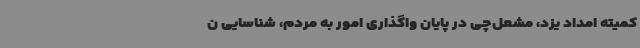
کمیته امداد یزد، مشعل‌چی در پایان واگذاری امور به مردم، شناسایی ن